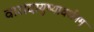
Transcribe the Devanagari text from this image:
वारादायुष्यावर्धनम्